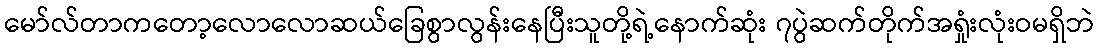
မော်လ်တာကတော့လောလောဆယ်ခြေစွာလွန်းနေပြီးသူတို့ရဲ့နောက်ဆုံး ၇ပွဲဆက်တိုက်အရှုံးလုံးဝမရှိဘဲ